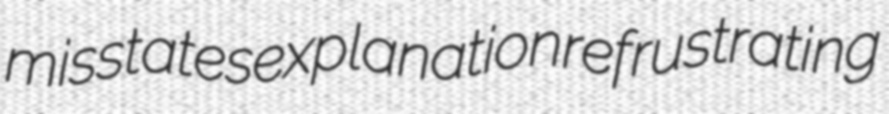
misstates explanation refrustrating